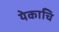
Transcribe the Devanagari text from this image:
येकाचि